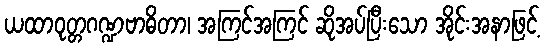
ယထာဝုတ္တဂဏ္ဍဗာဓိတာ၊ အကြင်အကြင် ဆိုအပ်ပြီးသော အိုင်းအနာဖြင့်